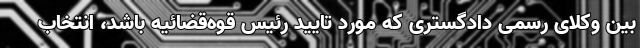
بین وکلای رسمی دادگستری که مورد تایید رئیس قوه‌قضائیه باشد، انتخاب